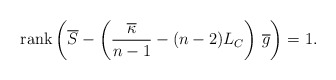
\begin{align*}\mbox{rank} \left( \overline{S} - \left(\frac{ \overline{\kappa }}{n-1} - (n-2) L_{C}\right)\, \overline{g} \right) = 1 .\end{align*}